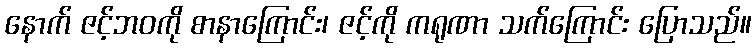
နောက် ဇင့်ဘဝကို စာနာကြောင်း၊ ဇင့်ကို ကရုဏာ သက်ကြောင်း ပြောသည်။